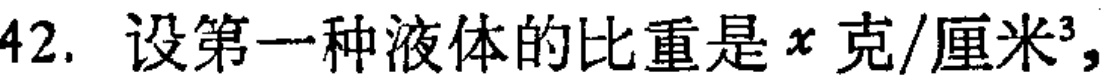
42. 设第一种液体的比重是\(x\)克/厘米\(^{3}\)，